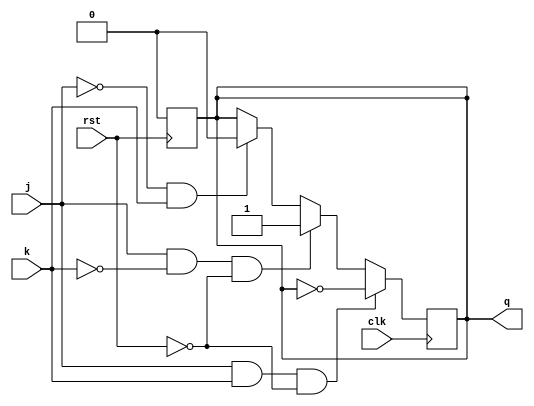
module jkff(j,k,clk,rst,q);
input j,k,clk,rst;
output q;
reg q;
always @(posedge clk)
begin
	if(j==1 & k==1 & rst==0)
	begin
		q<=~q;	//toggle
	end
	else if(j==1 & k==0 & rst==0)
	begin
		q<=1;	//set
	end
	else if(j==0 & k==1)
	begin
		q<=0;	//clear
	end
	else if(j==0 &k==0)
	begin
		q<=q;	//no chnage
	end
end

always @(posedge rst)
begin
	q<=0;	//The reset normally has negligible
end
endmodule